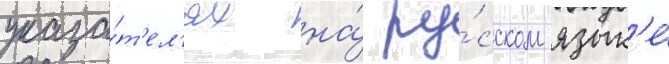
указа́т'ел'ях на́ ру́сском язык'е́